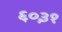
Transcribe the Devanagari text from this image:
६०३१